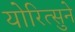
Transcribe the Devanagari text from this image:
योरित्सुने